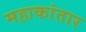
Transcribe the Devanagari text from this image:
महाकांतार